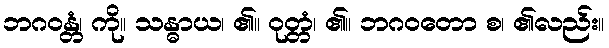
ဘဂဝန္တံ၊ ကို။ သန္ဓာယ၊ ၏။ ဝုတ္တံ၊ ၏။ ဘဂဝတော စ၊ ၏လည်း။